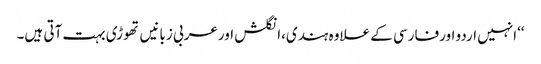
‘‘انہیں اردو اورفارسی کے علاوہ ہندی،انگلش اورعربی زبانیں تھوڑی بہت آتی ہیں۔